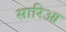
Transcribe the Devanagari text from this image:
सारिआ